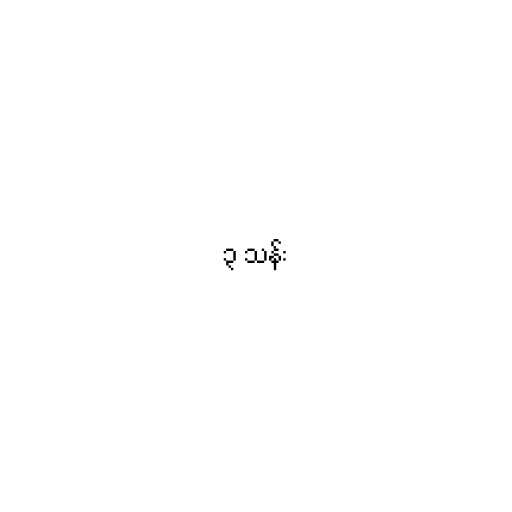
၃ သန်း